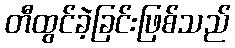
တီထွင်ခဲ့ခြင်းဖြစ်သည်